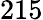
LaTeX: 215